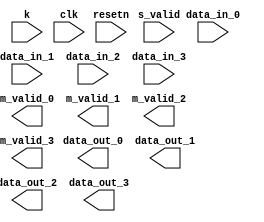
`timescale 1ps / 1ps

module freq_selector#(
    parameter INPUT_WIDTH = 14
)(
    input [63:0] data_in_0,
    input [63:0] data_in_1,
    input [63:0] data_in_2,
    input [63:0] data_in_3,
    input [13:0] k,


    input clk,
    input resetn,
    input s_valid,
    
    output [63:0] data_out_0,
    output m_valid_0,
    output [63:0] data_out_1,
    output m_valid_1,
    output [63:0] data_out_2,
    output m_valid_2,
    output [63:0] data_out_3,
    output m_valid_3
);

endmodule